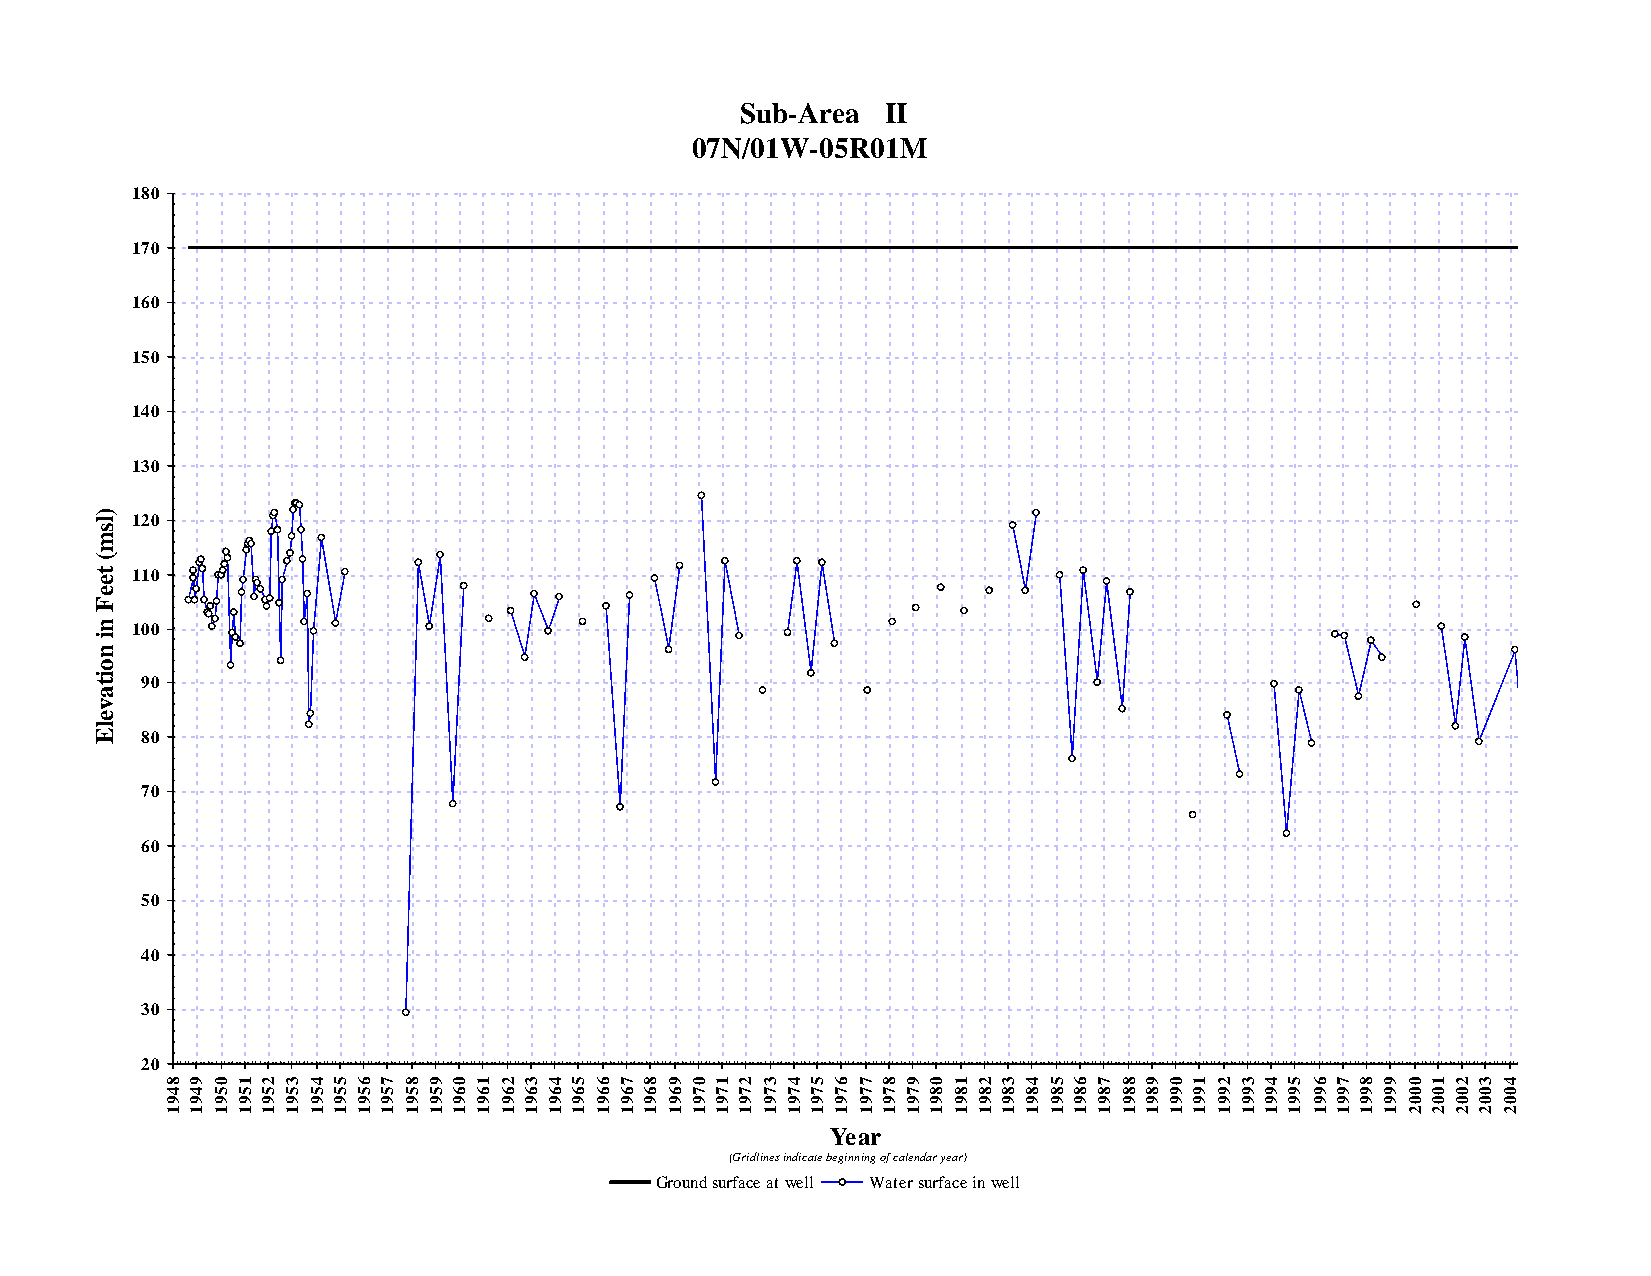
Sub-Area  II
 07N/01W-05R01M
 180
 170
 160
 150
 140
 130
 ) l 120
 s
 m
 (
 t  110
 e
 e
 F
 n  100
 i
 n
 o
 i t 90
 a
 v
 e
 l
 E  80
 70
 60
 50
 40
 30
 20
 8 9 0 1 2 3 4 5 6 7 8 9 0 1 2 3 4 5 6 7 8 9 0 1 2 3 4 5 6 7 8 9 0 1 2 3 4 5 6 7 8 9 0 1 2 3 4 5 6 7 8 9 0 1 2 3 4 5
 4 4 5 5 5 5 5 5 5 5 5 5 6 6 6 6 6 6 6 6 6 6 7 7 7 7 7 7 7 7 7 7 8 8 8 8 8 8 8 8 8 8 9 9 9 9 9 9 9 9 9 9 0 0 0 0 0 0
 9 9 9 9 9 9 9 9 9 9 9 9 9 9 9 9 9 9 9 9 9 9 9 9 9 9 9 9 9 9 9 9 9 9 9 9 9 9 9 9 9 9 9 9 9 9 9 9 9 9 9 9 0 0 0 0 0 0
 1 1 1 1 1 1 1 1 1 1 1 1 1 1 1 1 1 1 1 1 1 1 1 1 1 1 1 1 1 1 1 1 1 1 1 1 1 1 1 1 1 1 1 1 1 1 1 1 1 1 1 1 2 2 2 2 2 2
 Year
 (Gridlines indicate beginning of calendar year)
 Ground surface at well Water surface in well